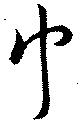
巾